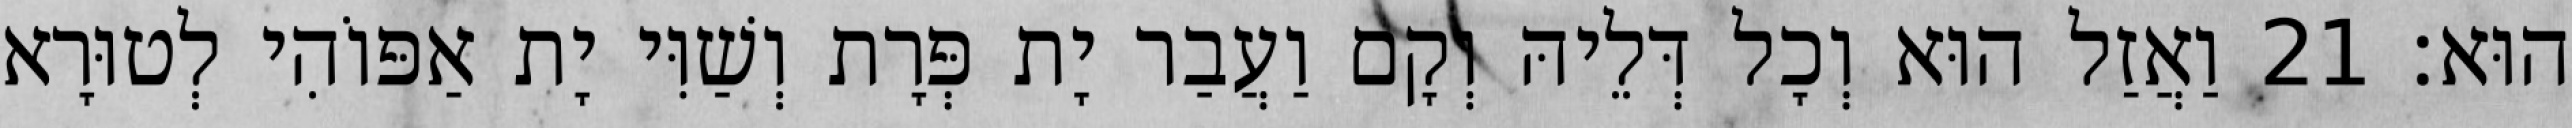
הוּא׃ 21 וַאֲזַל הוּא וְכָל דְּלֵיהּ וְקָם וַעֲבַר יָת פְּרָת וְשַׁוִּי יָת אַפּוֹהִי לְטוּרָא